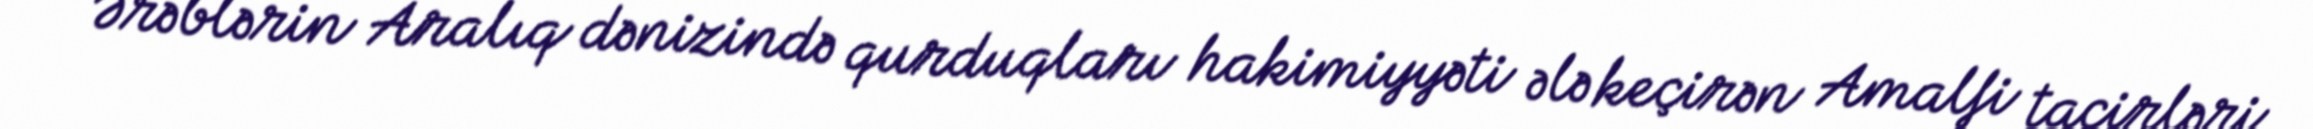
Ərəblərin Aralıq dənizində qurduqları hakimiyyəti ələ keçirən Amalfi tacirləri